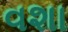
વશા